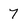
Character: 7